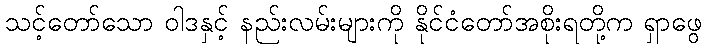
သင့်တော်သော ဝါဒနှင့် နည်းလမ်းများကို နိုင်ငံတော်အစိုးရတို့က ရှာဖွေ